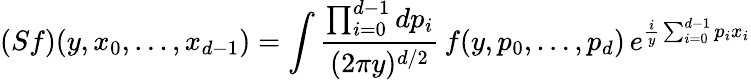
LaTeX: (Sf)(y,x_{0},\dots,x_{d-1})=\int\frac{\prod_{i=0}^{d-1}dp_{i}}{(2\pi y)^{d/2}}\, f(y,p_{0},\dots,p_{d})\, e^{\frac{i}{y}\sum_{i=0}^{d-1}p_{i}x_{i}}